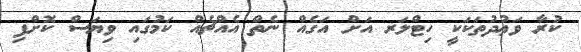
ކުރާ ވަޢުދުތަކަކީ ހިޓްލަރ އަށް އަގެއް ނެތް އެއްޗެއް ކަމުގައި ވިޔަސް ކޮށްފި